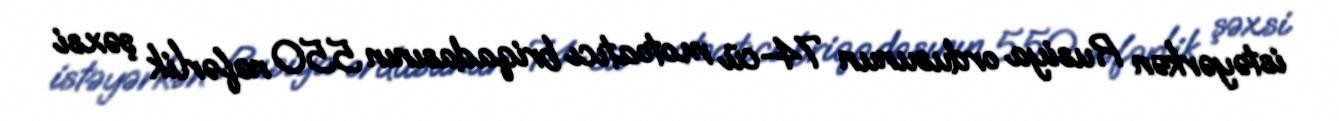
istəyərkən Rusiya ordusunun 74-cü motoatıcı briqadasının 550 nəfərlik şəxsi